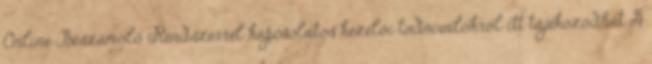
Online Beszámoló Rendszerrel kapcsolatos kezelői tudnivalókról itt tájékozódhat A